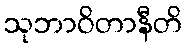
သုဘာဝိတာနီတိ